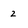
Character: 2